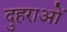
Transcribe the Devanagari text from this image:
दुहराओं